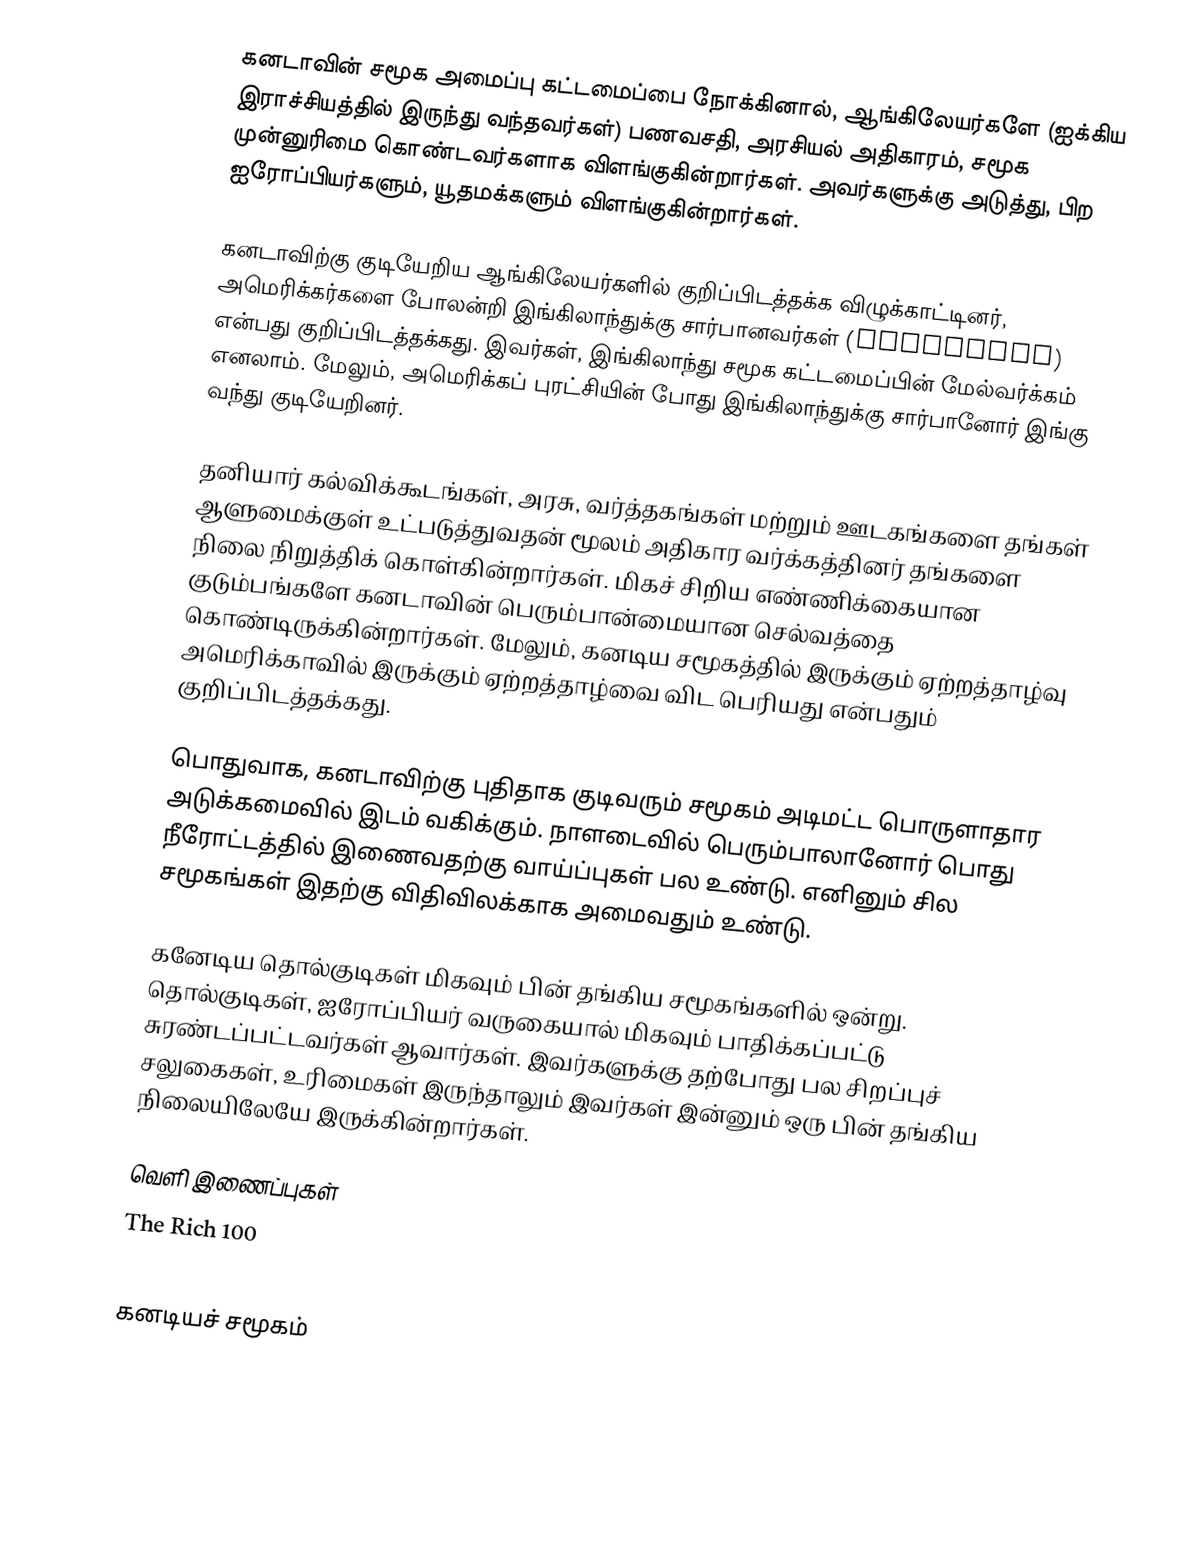
கனடாவின் சமூக அமைப்பு கட்டமைப்பை நோக்கினால், ஆங்கிலேயர்களே (ஐக்கிய இராச்சியத்தில் இருந்து வந்தவர்கள்) பணவசதி, அரசியல் அதிகாரம், சமூக முன்னுரிமை கொண்டவர்களாக விளங்குகின்றார்கள். அவர்களுக்கு அடுத்து, பிற ஐரோப்பியர்களும், யூதமக்களும் விளங்குகின்றார்கள்.

கனடாவிற்கு குடியேறிய ஆங்கிலேயர்களில் குறிப்பிடத்தக்க விழுக்காட்டினர், அமெரிக்கர்களை போலன்றி இங்கிலாந்துக்கு சார்பானவர்கள் (Loyalists) என்பது குறிப்பிடத்தக்கது. இவர்கள், இங்கிலாந்து சமூக கட்டமைப்பின் மேல்வர்க்கம் எனலாம். மேலும், அமெரிக்கப் புரட்சியின் போது இங்கிலாந்துக்கு சார்பானோர் இங்கு வந்து குடியேறினர்.

தனியார் கல்விக்கூடங்கள், அரசு, வர்த்தகங்கள் மற்றும் ஊடகங்களை தங்கள் ஆளுமைக்குள் உட்படுத்துவதன் மூலம் அதிகார வர்க்கத்தினர் தங்களை நிலை நிறுத்திக் கொள்கின்றார்கள். மிகச் சிறிய எண்ணிக்கையான குடும்பங்களே கனடாவின் பெரும்பான்மையான செல்வத்தை கொண்டிருக்கின்றார்கள். மேலும், கனடிய சமூகத்தில் இருக்கும் ஏற்றத்தாழ்வு அமெரிக்காவில் இருக்கும் ஏற்றத்தாழ்வை விட பெரியது என்பதும் குறிப்பிடத்தக்கது.

பொதுவாக, கனடாவிற்கு புதிதாக குடிவரும் சமூகம் அடிமட்ட பொருளாதார அடுக்கமைவில் இடம் வகிக்கும். நாளடைவில் பெரும்பாலானோர் பொது நீரோட்டத்தில் இணைவதற்கு வாய்ப்புகள் பல உண்டு. எனினும் சில சமூகங்கள் இதற்கு விதிவிலக்காக அமைவதும் உண்டு.

கனேடிய தொல்குடிகள் மிகவும் பின் தங்கிய சமூகங்களில் ஒன்று. தொல்குடிகள், ஐரோப்பியர் வருகையால் மிகவும் பாதிக்கப்பட்டு சுரண்டப்பட்டவர்கள் ஆவார்கள். இவர்களுக்கு தற்போது பல சிறப்புச் சலுகைகள், உரிமைகள் இருந்தாலும் இவர்கள் இன்னும் ஒரு பின் தங்கிய நிலையிலேயே இருக்கின்றார்கள்.

வெளி இணைப்புகள்
 The Rich 100

கனடியச் சமூகம்